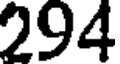
294